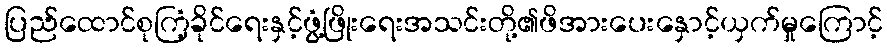
ပြည်ထောင်စုကြံ့ခိုင်ရေးနှင့်ဖွံ့ဖြိုးရေးအသင်းတို့၏ဖိအားပေးနှောင့်ယှက်မှုကြောင့်